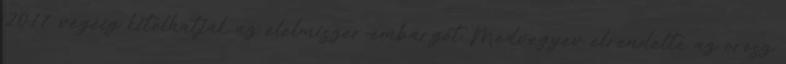
2017 végéig kitolhatják az élelmiszer-embargót Medvegyev elrendelte az orosz